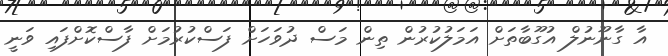
އާ ގާނޫނުލް އުގޫބާތަށް އަމަލުކުރުން ތިން މަސް ދުވަހަށް ފަސްކުރުމަށް ފާސްކޮށްފައި ވަނީ